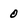
Character: 0